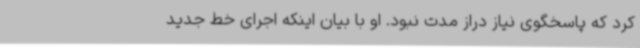
کرد که پاسخگوی نیاز دراز مدت نبود. او با بیان اینکه اجرای خط جدید